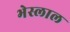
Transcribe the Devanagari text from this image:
भेस्‍लाल